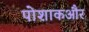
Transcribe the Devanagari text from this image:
पोशाकऔर